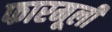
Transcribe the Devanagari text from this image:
फारमूली